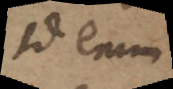
Id enim